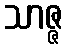
သာဇ္ဇ